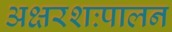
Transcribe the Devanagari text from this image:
अक्षरशःपालन